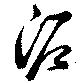
泥